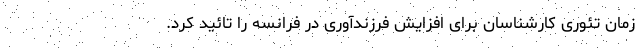
زمان تئوری کارشناسان برای افزایش فرزندآوری در فرانسه را تائید کرد.